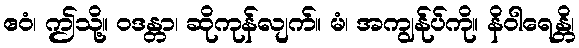
ဧဝံ၊ ဤသို့။ ဝဒန္တာ၊ ဆိုကုန်လျက်။ မံ၊ အကျွန်ုပ်ကို။ နိဝါရေန္တိ၊